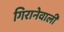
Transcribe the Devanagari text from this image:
गिरानेवाली